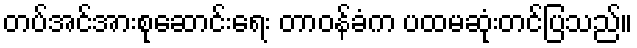
တပ်အင်အားစုဆောင်းရေး တာဝန်ခံက ပထမဆုံးတင်ပြသည်။